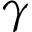
\gamma